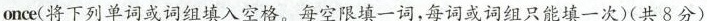
once(将下列单词或词组填入空格.每空限填一词,每词或词组只能填一次)(共 8分)